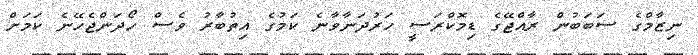
ނިޒާމްގެ ސަބަބުން ރާއްޖޭގެ ޑިމޮކްރަސީ ހަރުދަނާވާނެ ކަމުގެ އިތުބާރު ވެސް ހޯދަންޖެހޭނެ ކަމަށް